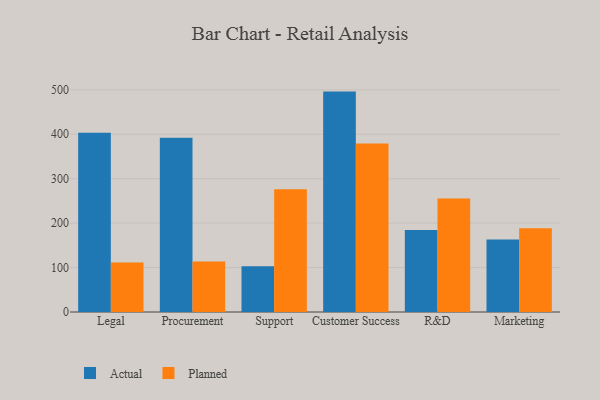
{"axis": {"x": "Department", "y": "Active Users"}, "legend": ["Actual", "Planned"], "data": [{"x": "Legal", "y": 403.5, "type": "Actual"}, {"x": "Legal", "y": 111.2, "type": "Planned"}, {"x": "Procurement", "y": 391.9, "type": "Actual"}, {"x": "Procurement", "y": 113.5, "type": "Planned"}, {"x": "Support", "y": 102.8, "type": "Actual"}, {"x": "Support", "y": 276.2, "type": "Planned"}, {"x": "Customer Success", "y": 496.0, "type": "Actual"}, {"x": "Customer Success", "y": 379.1, "type": "Planned"}, {"x": "R&D", "y": 184.5, "type": "Actual"}, {"x": "R&D", "y": 255.3, "type": "Planned"}, {"x": "Marketing", "y": 163.3, "type": "Actual"}, {"x": "Marketing", "y": 188.4, "type": "Planned"}]}